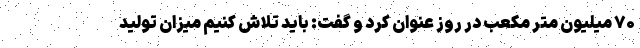
۷۰ میلیون متر مکعب در روز عنوان کرد و گفت:‌ باید تلاش کنیم میزان تولید